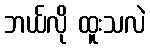
ဘယ်လို ထူးသလဲ